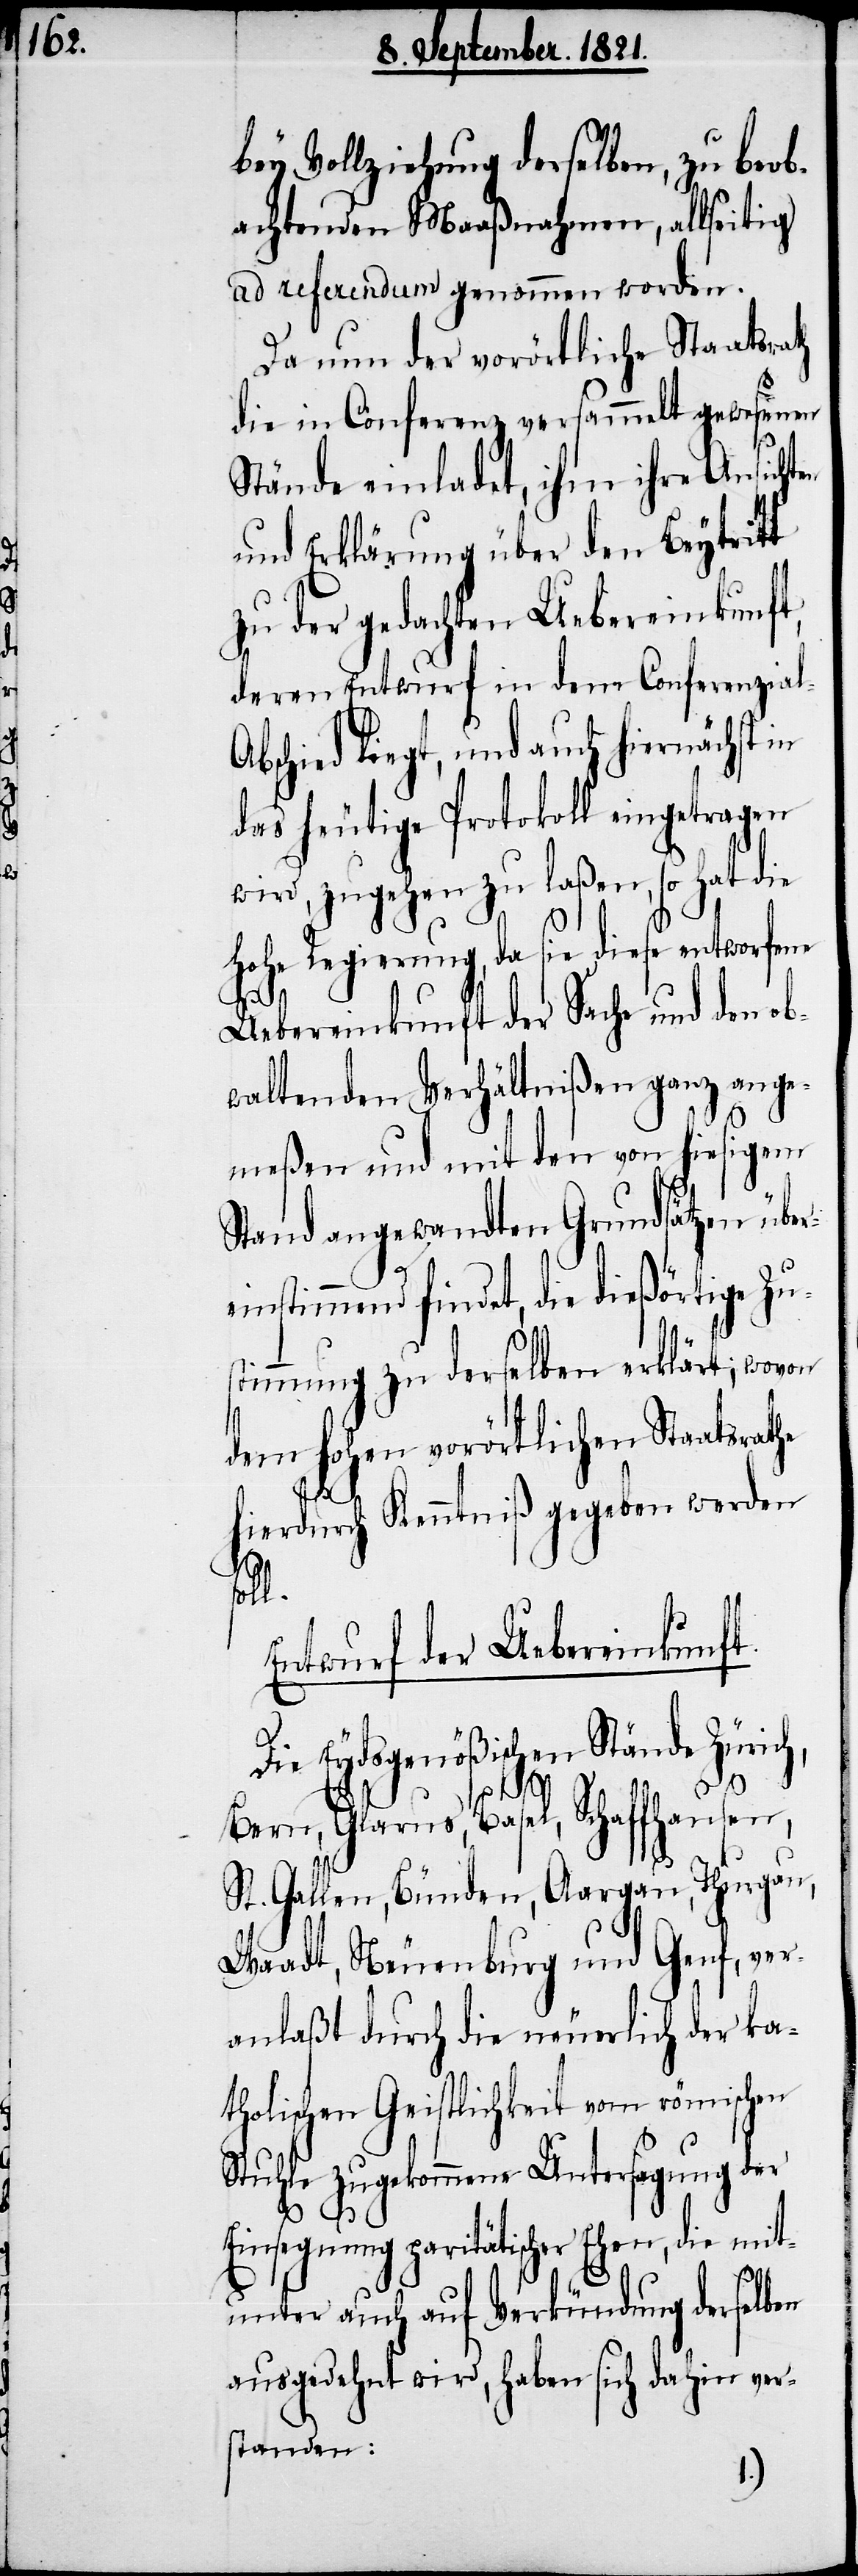
bey Vollziehung derselben, zu beob¬
achtenden Maaßnahmen, allseitig
ad referendum genommen worden.
Da nun der vorörtliche Staatsrath
die in Conferenz versammelt gewesenen
Stände einladet, ihm ihre Ansicht¬
und Erklärungen über den Beytritt
zu der gedachten Uebereinkunft,
deren Entwurf in dem Conferenzia¬
bschied liegt, und auch hiernächst
das heutige Protokoll eingetragen
wird, zugehen zu laßen, so hat die
hohe Regierung, da sie diese entworfene
Uebereinkunft der Sache und den ob¬
waltenden Verhältnißen ganz ange¬
meßen und mit den von hiesigem
Stand angewandten Grundsätzen übe¬
einstimmend findet, die dießörtige Zu¬
stimmung zu derselben erklärt; wovon
dem hohen vorörtlichen Staatsrathe
mit¬
hierdurch Kenntniß gegeben werden
r¬
soll.
Entwurf der Uebereinkunft.
Die Eydsgenößischen Stände Zürich,
Bern, Glarus, Basel, Schaffhausen,
St. Gallen, Bünden, Aargau, Thurgau,
Waadt, Neuenburg und Genf, ver¬
anlaßt durch die neuerlich der ka¬
tholischen Geistlichkeit vom römischen
Stuhle zugekommene Untersagung der
Einsegnung paritätischer Ehen,
unter auch auf Verkündung derselben
ausgedehnt wird, haben sich dahin ver¬
standen: